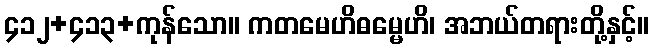
၄၁၂+၄၁၃+ကုန်သော။ ကတမေဟိဓမ္မေဟိ၊ အဘယ်တရားတို့နှင့်။